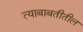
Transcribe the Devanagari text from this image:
त्‍याबाबतीतील